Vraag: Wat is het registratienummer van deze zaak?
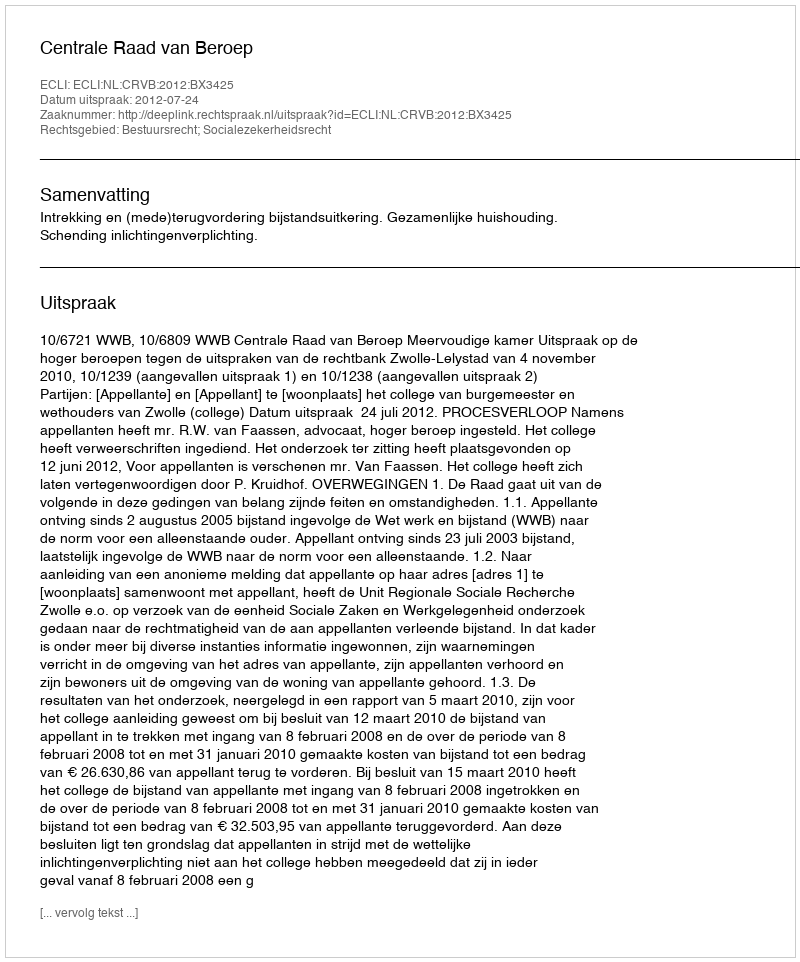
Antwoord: http://deeplink.rechtspraak.nl/uitspraak?id=ECLI:NL:CRVB:2012:BX3425